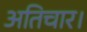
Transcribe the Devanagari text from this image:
अतिचार।